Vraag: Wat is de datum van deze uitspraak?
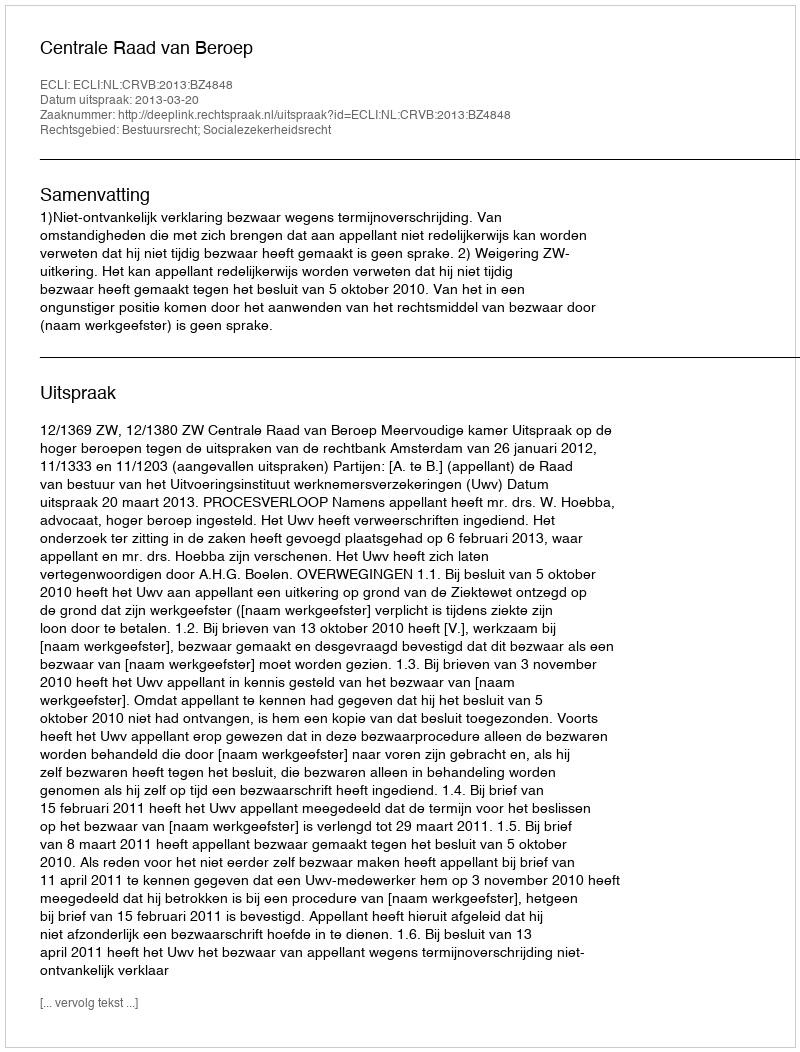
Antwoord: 2013-03-20